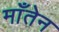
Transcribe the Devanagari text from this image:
माँतेन